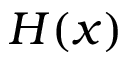
H ( x )